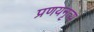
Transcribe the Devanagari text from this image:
प्रणयनृत्य